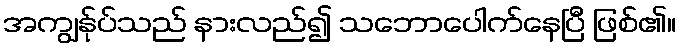
အကျွန်ုပ်သည် နားလည်၍ သဘောပေါက်နေပြီ ဖြစ်၏။